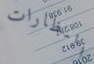
النظارات